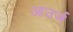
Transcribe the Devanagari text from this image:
आउर्ज